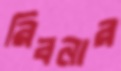
রিবনার